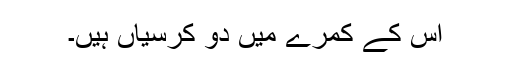
اس کے کمرے میں دو کرسیاں ہیں۔